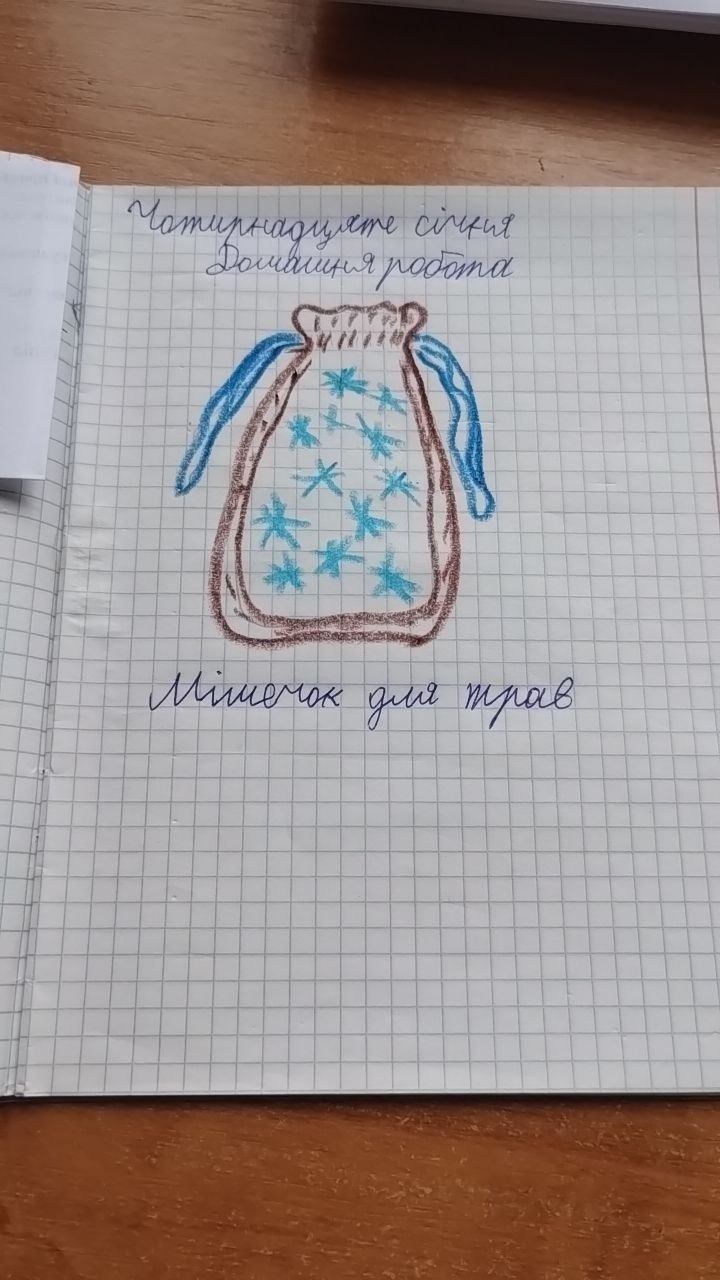
Чотирнадцяте січня
Домашня робота
Мішечок для трав